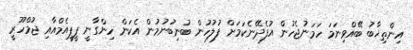
އިންތިޚާބު ބޭއްވިނަމަ ހަމަނުޖެހުން އުފެދޭނެކަމަށް ފުލުހުން ބުނިބުނުމުން އެކަން ހިންގާނީ ޕީޕީއެމްއާއި ޖުމްހޫރީ